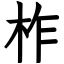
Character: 柞